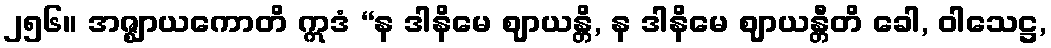
၂၅၆။ အဇ္ဈာယကောတိ ဣဒံ “န ဒါနိမေ ဈာယန္တိ, န ဒါနိမေ ဈာယန္တီတိ ခေါ, ဝါသေဋ္ဌ,